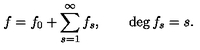
f = f _ { 0 } + \sum _ { s = 1 } ^ { \infty } f _ { s } , \qquad \deg { f _ { s } } = s .